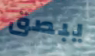
يبصق